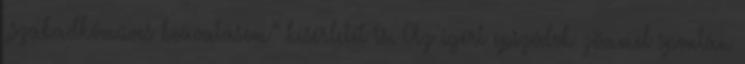
„szabadkőműves beavatásom” kísérletét is. Az ígért epizó­­dok zömmel spontán